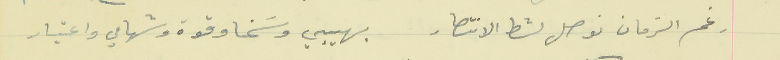
رغم الزمان نوصل لشط الانتصار                                    بهيبي وسَخا وقوة وشهامي واعتبار